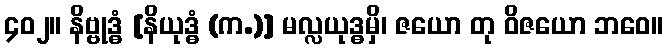
၄၀၂။ နိဗ္ဗုဒ္ဓံ [နိယုဒ္ဓံ (က.)] မလ္လယုဒ္ဓမှိ၊ ဇယော တု ဝိဇယော ဘဝေ။